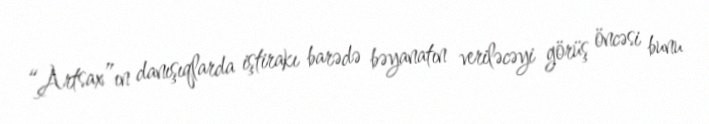
“Artsax”ın danışıqlarda iştirakı barədə bəyanatın veriləcəyi görüş öncəsi bunu